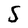
Character: S